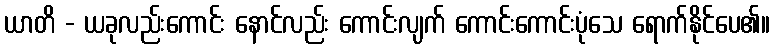
ယာတိ - ယခုလည်းကောင်း နောင်လည်း ကောင်းလျက် ကောင်းကောင်းပုံသေ ရောက်နိုင်ပေ၏။